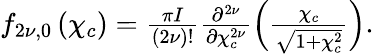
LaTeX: \begin{array}{r}{f_{2{\nu},0}\left(\chi_{c}\right)=\frac{{\pi}I}{\left(2{\nu}\right)!}\frac{\partial^{2{\nu}}}{\partial\chi_{c}^{2{\nu}}}\left(\frac{\chi_{c}}{\sqrt{1+\chi_{c}^{2}}}\right).}\end{array}